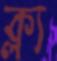
ক্ল্য